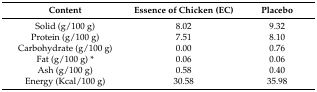
| Content | Essence of Chicken (EC) | Placebo |
 | --- | --- | --- |
 | Solid (g/100 g) | 8.02 | 9.32 |
 | Protein (g/100 g) | 7.51 | 8.10 |
 | Carbohydrate (g/100 g) | 0.00 | 0.76 |
 | Fat (g/100 g) * | 0.06 | 0.06 |
 | Ash (g/100 g) | 0.58 | 0.40 |
 | Energy (Kcal/100 g) | 30.58 | 35.98 |